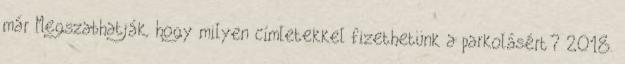
már Megszabhatják, hogy milyen címletekkel fizethetünk a parkolásért? 2018.